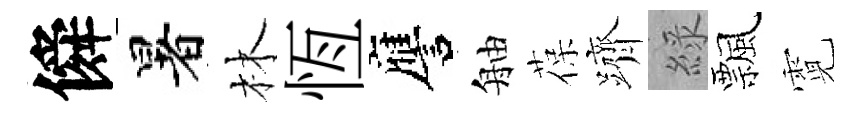
僢暑林恆譍舳葆躋綠飄霓